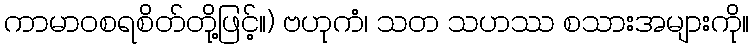
ကာမာဝစရစိတ်တို့ဖြင့်။) ဗဟုကံ၊ သတ သဟဿ စသားအများကို။